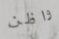
واظن